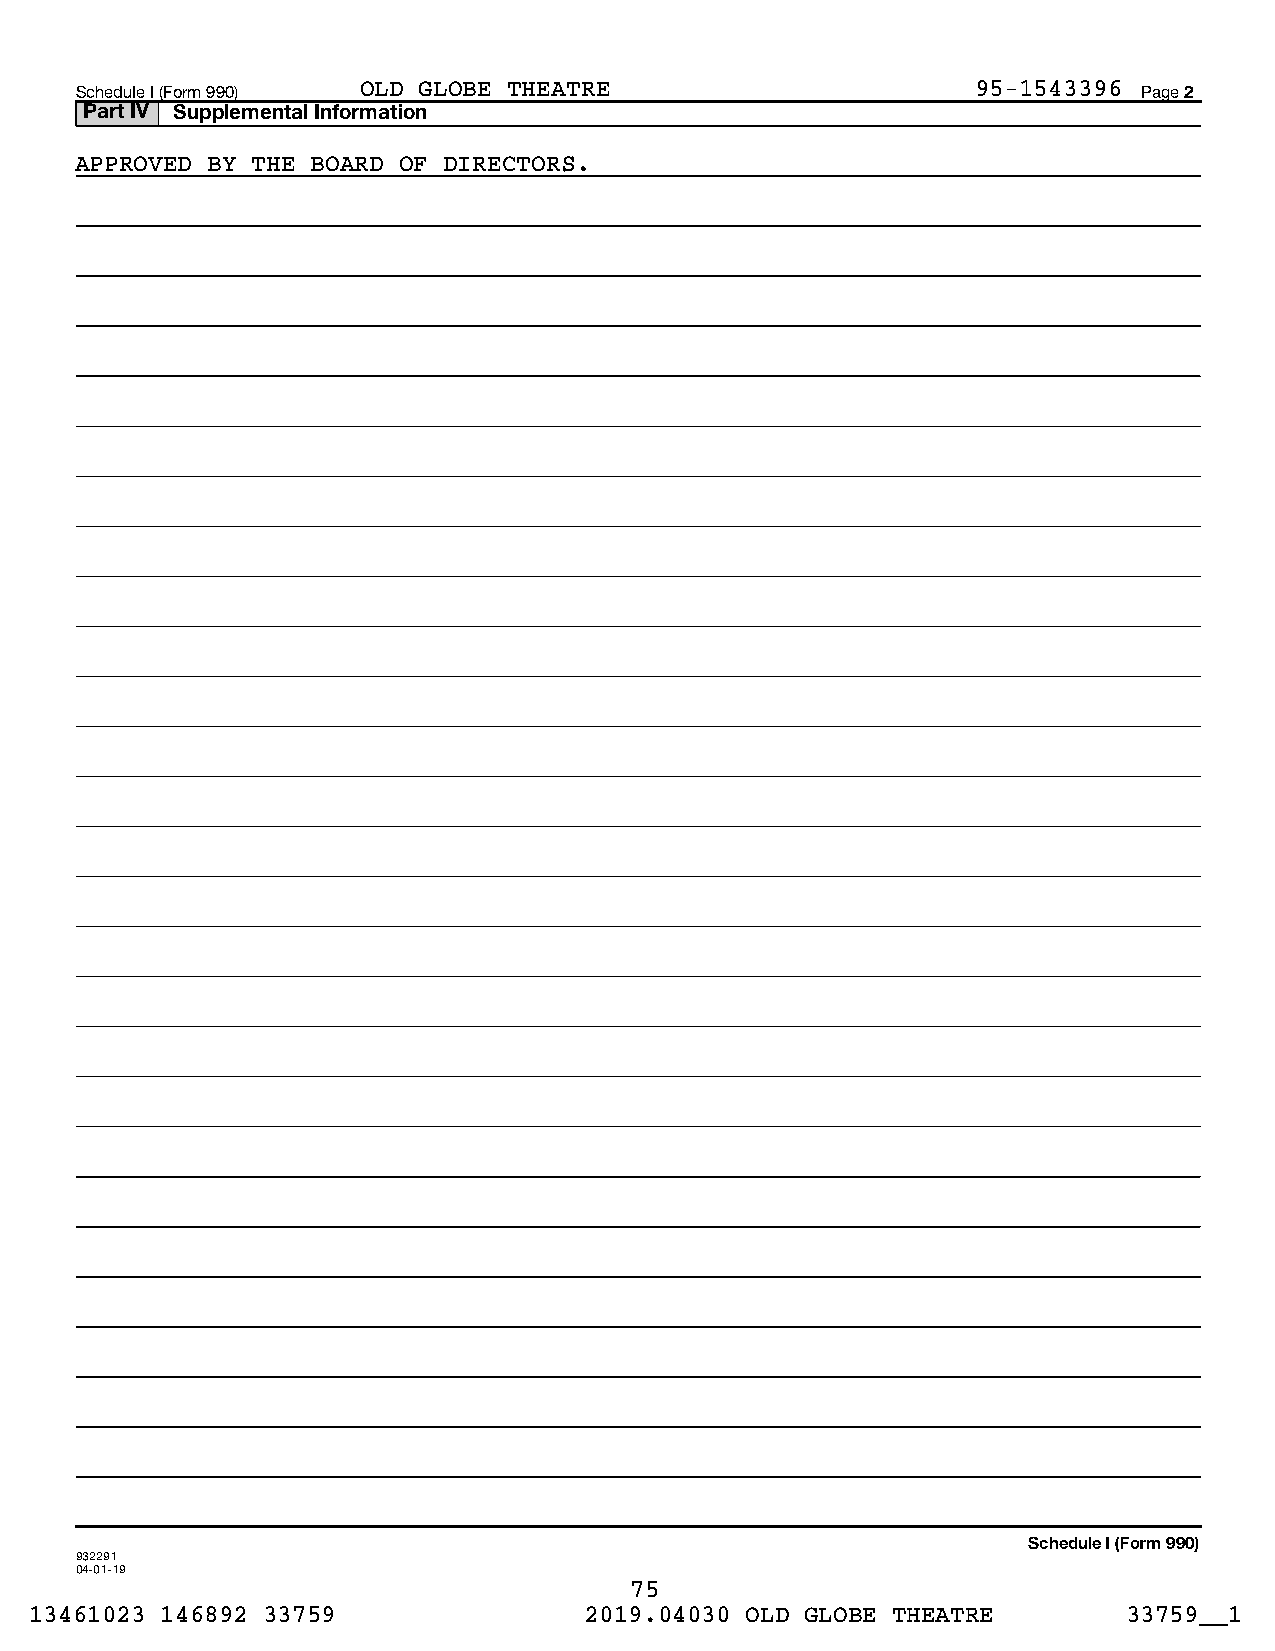
Schedule I (Form 990) OLD GLOBE THEATRE                     95-1543396 Page 2
 Part IV Supplemental Information
 APPROVED BY THE BOARD OF DIRECTORS.
 Schedule I (Form 990)
 932291
 04-01-19
 75
 13461023 146892 33759                2019.04030 OLD GLOBE THEATRE        33759__1